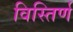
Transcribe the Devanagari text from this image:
विस्तिर्ण